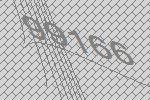
99166